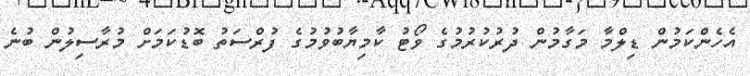
އެހެންކަމުން ޑިލްމާ މަގާމުން ދުރުކުރުމުގެ ވޯޓު ކާމިޔާބުވުމުގެ ފުރްސަތު ބޮޑުކަމަށް މުރާސިލުން ބުނެ